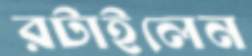
রটাইলেন